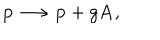
{ \bf p } \longrightarrow { \bf p } + g { \bf A } ,